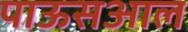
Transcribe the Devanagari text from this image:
पाऊसआल